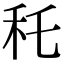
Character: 秅